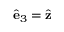
\hat { \mathbf { e } } _ { 3 } = \hat { \mathbf { z } }